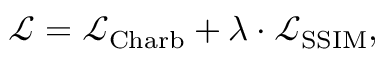
\begin{array} { r } { \mathcal { L } = \mathcal { L } _ { \mathrm { C h a r b } } + \lambda \cdot \mathcal { L } _ { \mathrm { S S I M } } , } \end{array}